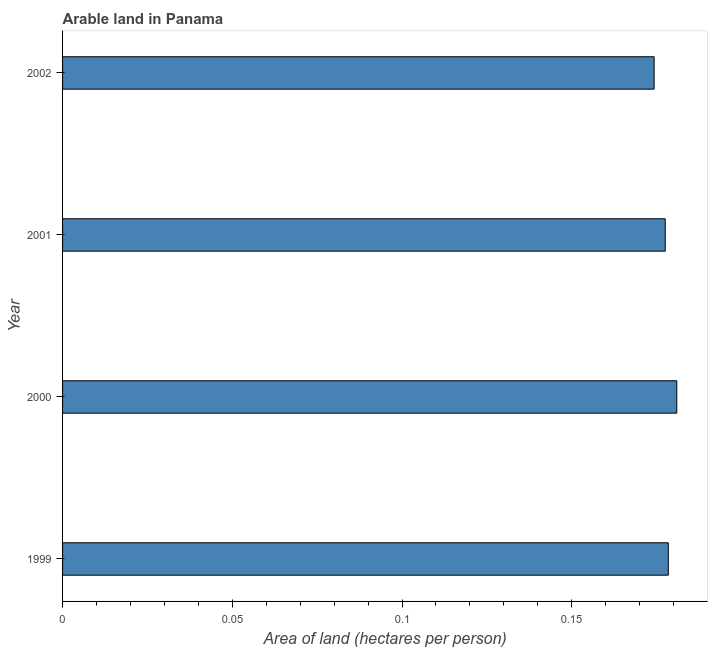
| Year | Arable land |
 | --- | --- |
 | 1999 | 0.178 |
 | 2000 | 0.181 |
 | 2001 | 0.178 |
 | 2002 | 0.174 |